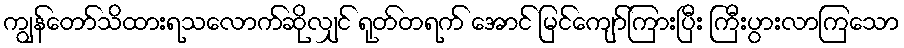
ကျွန်တော်သိထားရသလောက်ဆိုလျှင် ရုတ်တရက် အောင် မြင်ကျော်ကြားပြီး ကြီးပွားလာကြသော